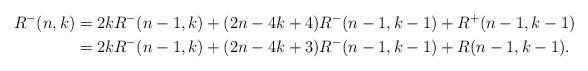
LaTeX: \begin{align*}R^-(n,k)&=2kR^-(n-1,k)+(2n-4k+4)R^-(n-1,k-1)+R^+(n-1,k-1)\\&=2kR^-(n-1,k)+(2n-4k+3)R^-(n-1,k-1)+R(n-1,k-1).\end{align*}